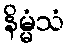
နိမ္မံသံ